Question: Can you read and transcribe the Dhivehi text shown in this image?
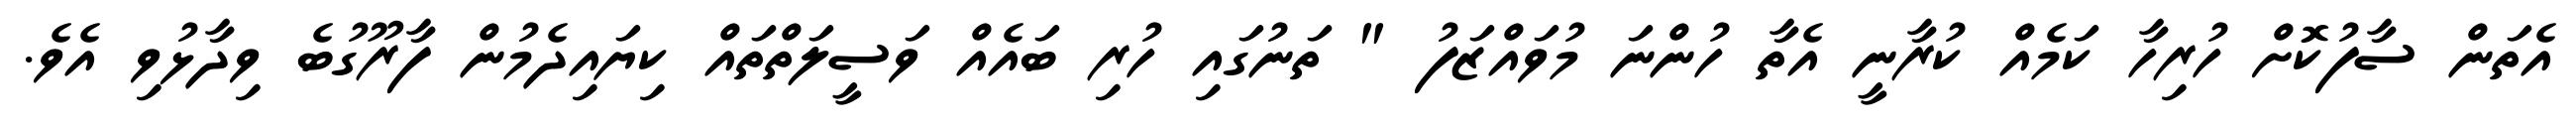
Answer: އެތަން ސާފުކޮށް ހުރިހާ ކަމެއް ކުރާނީ އެތާ ހުންނަ މުވައްޒަފު " ތަނުގައި ހުރި ބައެއް ވަސީލަތްތައް ކިޔައިދެމުން ފާރޫގުބެ ވިދާޅުވި އެވެ.